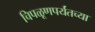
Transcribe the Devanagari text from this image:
चिपळूणपर्यंतच्या